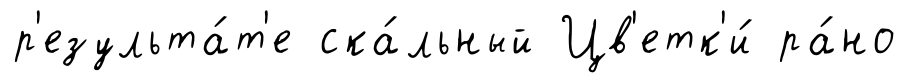
р'езульта́т'е ска́льный Цв'етк'и́ ра́но